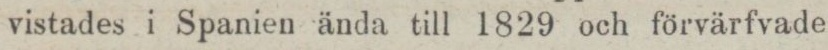
vistades i Spanien ända till 1829 och förvärfvade